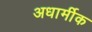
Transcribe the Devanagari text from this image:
अधार्मीक